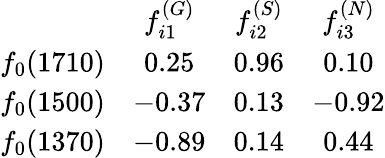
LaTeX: \begin{array}{cccc}{{}}&{{f_{i1}^{(G)}}}&{{f_{i2}^{(S)}}}&{{f_{i3}^{(N)}}}\\ {{f_{0}(1710)}}&{{0.25}}&{{0.96}}&{{0.10}}\\ {{f_{0}(1500)}}&{{-0.37}}&{{0.13}}&{{-0.92}}\\ {{f_{0}(1370)}}&{{-0.89}}&{{0.14}}&{{0.44}}\end{array}